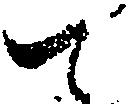
て